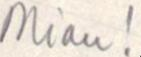
Miau!